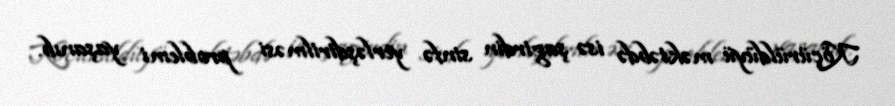
Köçürüldüyü məktəbdə isə şagirdin sinfə yerləşdirilməsi problemi yaşanıb.